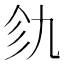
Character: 𫡦